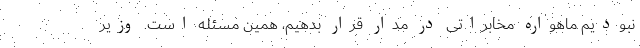
نبودیم ماهواره مخابراتی در مدار قرار بدهیم، همین مسئله است. وزیر